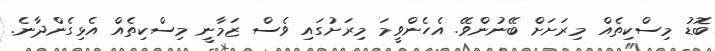
ބޮޑު މިސްކިތެއް މިރަށަށް ބޭނުންވޭ. އެހެންވީމަ މިރަށުގައި ވެސް ޒަމާނީ މިސްކިތެއް އެޅިގެންދާނެ.